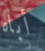
أباه